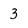
Character: 3